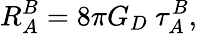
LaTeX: R_{A}^{B}=8\pi G_{D}~\tau_{A}^{B},